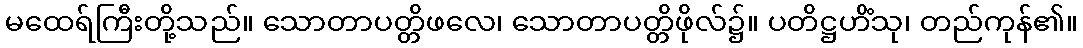
မထေရ်ကြီးတို့သည်။ သောတာပတ္တိဖလေ၊ သောတာပတ္တိဖိုလ်၌။ ပတိဋ္ဌဟိံသု၊ တည်ကုန်၏။